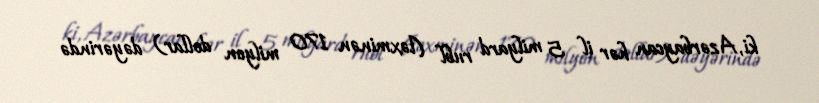
ki, Azərbaycan hər il 5 milyard rubl (təxminən 170 milyon dollar) dəyərində